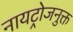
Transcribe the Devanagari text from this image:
नायट्रोजनुक्त